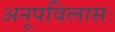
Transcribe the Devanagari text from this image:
अनूपविलासः